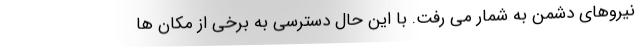
نیروهای دشمن به شمار می رفت. با این حال دسترسی به برخی از مکان ها